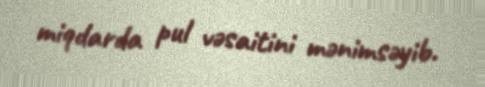
miqdarda pul vəsaitini mənimsəyib.